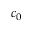
c _ { 0 }